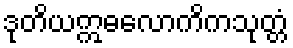
ဒုတိယဣဓလောကိကသုတ္တံ